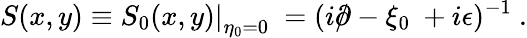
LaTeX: S(x,y)\equiv\left.S_{0}(x,y)\right|_{\eta_{0}=0}~=(i{\rlap/\partial}-\xi_{0}~+i\epsilon)^{-1}~.